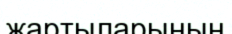
жартыларының